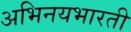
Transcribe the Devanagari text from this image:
अभिनयभारती